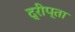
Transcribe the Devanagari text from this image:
द्रीप्ता